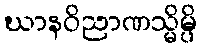
ဃာနဝိညာဏသ္မိမ္ပိ